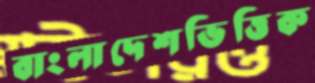
বাংলাদেশভিত্তিক